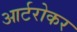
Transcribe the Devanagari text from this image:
आर्टरोकर